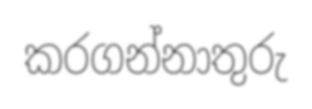
කරගන්නාතුරු